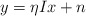
\begin{align*}y=\eta Ix+n\end{align*}